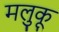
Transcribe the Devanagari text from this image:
मलुकू